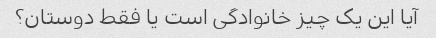
آیا این یک چیز خانوادگی است یا فقط دوستان؟